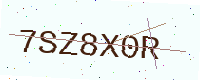
Text: 7SZ8X0R